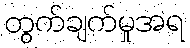
တွက်ချက်မှုအရ